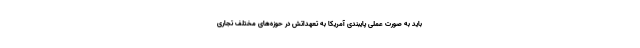
باید به صورت عملی پایبندی آمریکا به تعهداتش در حوزه‌های مختلف تجاری